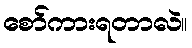
စော်ကားရတာလဲ။